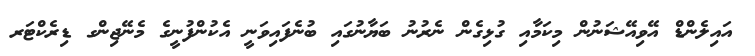
އައިލެންޑް އޭވިއޭޝަނުން މިކަމާއި ގުޅިގެން ނެރުނު ބަޔާނުގައި ބުނެފައިވަނީ އެކުންފުނީގެ މެނޭޖިންގ ޑިރެކްޓަރ